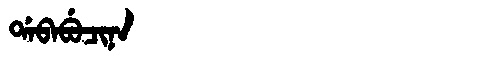
Manchu: ᡩᠠᠪᠠᠪᡠᠴᡳᠨᠠ
Romanization: DABABUCINA